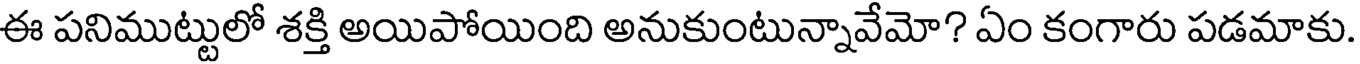
ఈ పనిముట్టులో శక్తి అయిపోయింది అనుకుంటున్నావేమో? ఏం కంగారు పడమాకు.